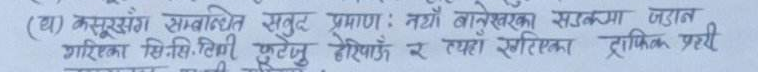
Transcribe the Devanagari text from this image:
(घ) कसूरसंग सम्बन्धित सतुट प्रमाण : नयाँ अनुसन्धान सडकमा जडान गरिएका सिसि.टि.भि. फुटेज हेरियोस र त्यहाँ रहेका ट्राफिक प्रहरी